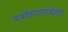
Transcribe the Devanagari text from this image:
पर्यावरणमंत्रीहोते